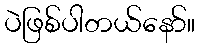
ပဲဖြစ်ပါတယ်နော်။